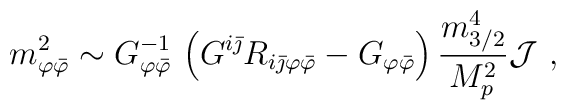
m_{\varphi{\bar\varphi}}^2\sim G^{-1}_{\varphi{\bar\varphi}}\,\left( G^{i{\bar\jmath}}R_{i{\bar\jmath}\varphi{\bar\varphi}}-G_{\varphi{\bar\varphi}}\right){m_{3/2}^4\over M_p^2}{\cal J}\ ,